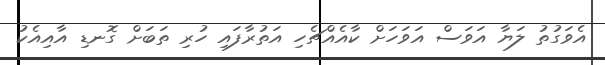
އެވަގުތު ލަޔާ އަވަސް އަވަހަށް ކާއެއްޗެހި އަތުރާފައި ހުރި ތަބަށް ގޮނޑި އާއިއެކު